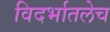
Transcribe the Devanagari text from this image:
विदर्भातलेच